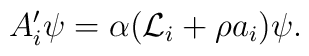
A_i' \psi = \alpha({\cal L}_i +\rho a_i) \psi.